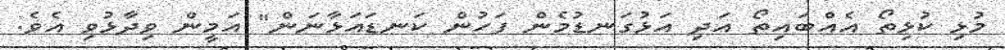
މުޅި ކުޅިތޯ އެއްބައިތޯ އަދި އަޅުގަނޑުމެން ފަހުން ކަނޑައަޅާނަން" އަމީން ވިދާޅުވި އެވެ.